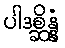
ပါဒစ္ဆိန္နံ